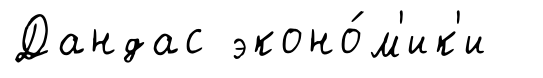
Дандас эконо́м'ик'и